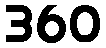
360